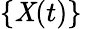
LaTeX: \{ \mathit{X}(t)\} \,